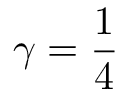
\gamma = \frac { 1 } { 4 }